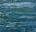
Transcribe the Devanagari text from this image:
दिग्रजकर